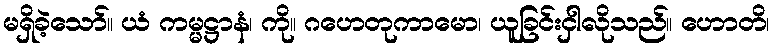
မရှိခဲ့သော်။ ယံ ကမ္မဋ္ဌာနံ၊ ကို။ ဂဟေတုကာမော၊ ယူခြင်းငှါလိုသည်။ ဟောတိ၊